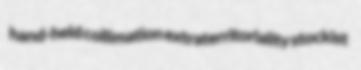
hand-held collimation extraterritoriality stockist